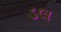
ડલ